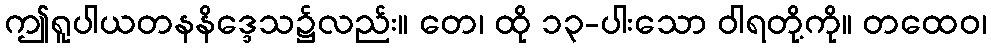
ဤရူပါယတနနိဒ္ဒေသ၌လည်း။ တေ၊ ထို ၁၃-ပါးသော ဝါရတို့ကို။ တထေဝ၊